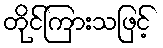
တိုင်ကြားသဖြင့်